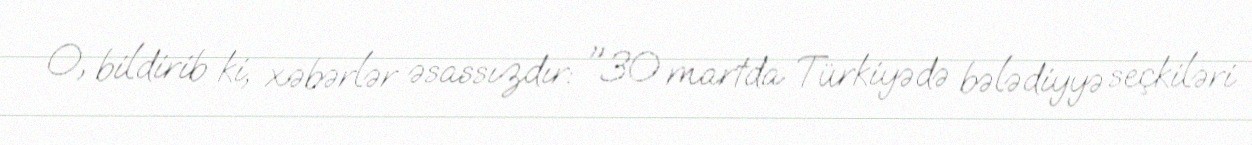
O, bildirib ki, xəbərlər əsassızdır: "30 martda Türkiyədə bələdiyyə seçkiləri